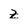
Character: Z